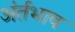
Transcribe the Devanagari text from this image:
अंर्तभाव